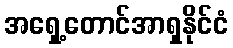
အရှေ့တောင်အာရှနိုင်ငံ